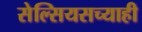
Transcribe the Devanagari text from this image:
सेल्सियसच्याही